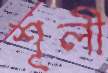
শূলী